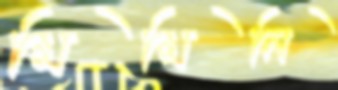
মিমিনি